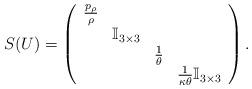
LaTeX: \begin{align*}S(U)=\left(\begin{array}{cccc}\frac{p_{\rho}}{\rho}&&&\\&\mathbb{I}_{3\times 3}&&\\&&\frac{1}{\theta}&\\&&&\frac{1}{\kappa\theta}\mathbb{I}_{3\times 3}\\\end{array}\right).\end{align*}